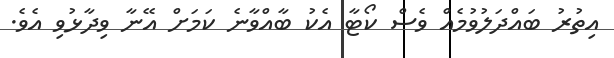
އިތުރު ބައްދަލުވުމެއް ވެސް ކޯޓާ އެކު ބާއްވާނެ ކަމަށް އޭނާ ވިދާޅުވި އެވެ.